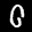
Label: 0